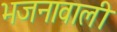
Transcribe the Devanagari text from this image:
भजनावाली